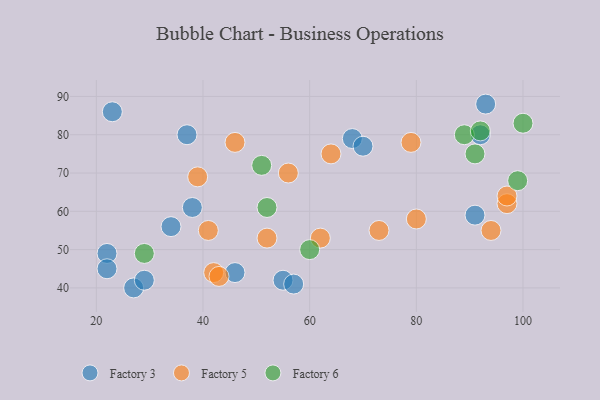
{"axis": {"x": "GDP", "y": "Life Expectancy"}, "legend": ["Factory 3", "Factory 5", "Factory 6"], "data": [{"x": "27", "y": 40, "type": "Factory 3"}, {"x": "91", "y": 59, "type": "Factory 3"}, {"x": "22", "y": 49, "type": "Factory 3"}, {"x": "38", "y": 61, "type": "Factory 3"}, {"x": "68", "y": 79, "type": "Factory 3"}, {"x": "55", "y": 42, "type": "Factory 3"}, {"x": "34", "y": 56, "type": "Factory 3"}, {"x": "46", "y": 44, "type": "Factory 3"}, {"x": "92", "y": 80, "type": "Factory 3"}, {"x": "57", "y": 41, "type": "Factory 3"}, {"x": "22", "y": 45, "type": "Factory 3"}, {"x": "29", "y": 42, "type": "Factory 3"}, {"x": "93", "y": 88, "type": "Factory 3"}, {"x": "23", "y": 86, "type": "Factory 3"}, {"x": "37", "y": 80, "type": "Factory 3"}, {"x": "70", "y": 77, "type": "Factory 3"}, {"x": "52", "y": 53, "type": "Factory 5"}, {"x": "79", "y": 78, "type": "Factory 5"}, {"x": "97", "y": 62, "type": "Factory 5"}, {"x": "62", "y": 53, "type": "Factory 5"}, {"x": "39", "y": 69, "type": "Factory 5"}, {"x": "97", "y": 64, "type": "Factory 5"}, {"x": "73", "y": 55, "type": "Factory 5"}, {"x": "56", "y": 70, "type": "Factory 5"}, {"x": "42", "y": 44, "type": "Factory 5"}, {"x": "94", "y": 55, "type": "Factory 5"}, {"x": "41", "y": 55, "type": "Factory 5"}, {"x": "43", "y": 43, "type": "Factory 5"}, {"x": "64", "y": 75, "type": "Factory 5"}, {"x": "46", "y": 78, "type": "Factory 5"}, {"x": "80", "y": 58, "type": "Factory 5"}, {"x": "100", "y": 83, "type": "Factory 6"}, {"x": "99", "y": 68, "type": "Factory 6"}, {"x": "60", "y": 50, "type": "Factory 6"}, {"x": "89", "y": 80, "type": "Factory 6"}, {"x": "92", "y": 81, "type": "Factory 6"}, {"x": "51", "y": 72, "type": "Factory 6"}, {"x": "91", "y": 75, "type": "Factory 6"}, {"x": "29", "y": 49, "type": "Factory 6"}, {"x": "52", "y": 61, "type": "Factory 6"}]}